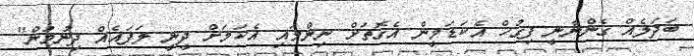
ބަދަލެއް ގެންނާނީ ފިގުހް އެކަޑަމީން އެގޮތަށް ނިންމައި އެކަމަށް ދީނީ ލަފައެއް ދިނުމުން"